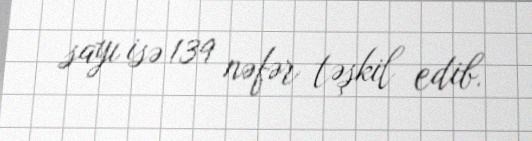
sayı isə 139 nəfər təşkil edib.